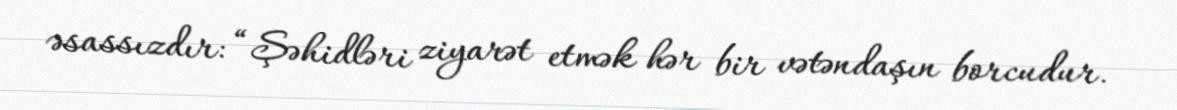
əsassızdır: “Şəhidləri ziyarət etmək hər bir vətəndaşın borcudur.